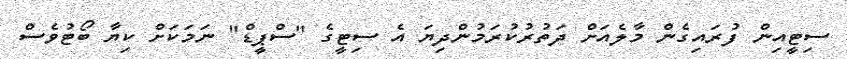
ސިޓީއިން ފުރައިގެން މާލެއަށް ދަތުރުކުރަމުންދިޔަ އެ ސިޓީގެ "ސްޕީޑް" ނަމަކަށް ކިޔާ ބޯޓުވެސް